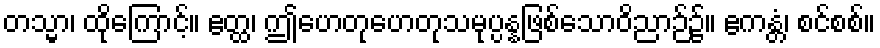
တသ္မာ၊ ထိုကြောင့်။ ဧတ္ထ၊ ဤဟေတုဟေတုသမုပ္ပန္နဖြစ်သောဝိညာဉ်၌။ ဧကန္တံ၊ စင်စစ်။